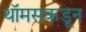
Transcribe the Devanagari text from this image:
थॉमसकडून